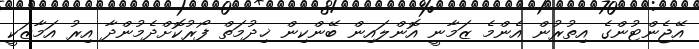
އޭޖެންޓުންގެ އިތުރުން އެންމެ ޒަމާނީ އޮންލައިން ބޭންކިން ޚިދުމަތް ފޯރުކޮށްދެމުންދާ އިރު އަމާޒަކީ